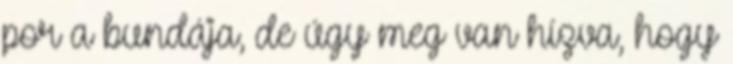
por a bundája, de úgy meg van hízva, hogy